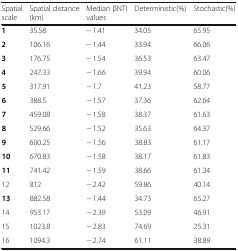
| Spatial scale | Spatial distance (km) | Median βNTI values | Deterministic(%) | Stochastic(%) |
 | --- | --- | --- | --- | --- |
 | 1 | 35.58 | − 1.41 | 34.05 | 65.95 |
 | 2 | 106.16 | − 1.44 | 33.94 | 66.06 |
 | 3 | 176.75 | − 1.54 | 36.53 | 63.47 |
 | 4 | 247.33 | − 1.66 | 39.94 | 60.06 |
 | 5 | 317.91 | − 1.7 | 41.23 | 58.77 |
 | 6 | 388.5 | − 1.57 | 37.36 | 62.64 |
 | 7 | 459.08 | − 1.58 | 38.37 | 61.63 |
 | 8 | 529.66 | − 1.52 | 35.63 | 64.37 |
 | 9 | 600.25 | − 1.56 | 38.83 | 61.17 |
 | 10 | 670.83 | − 1.58 | 38.17 | 61.83 |
 | 11 | 741.42 | − 1.59 | 38.66 | 61.34 |
 | 12 | 812 | − 2.42 | 59.86 | 40.14 |
 | 13 | 882.58 | − 1.44 | 34.73 | 65.27 |
 | 14 | 953.17 | − 2.39 | 53.09 | 46.91 |
 | 15 | 1023.8 | − 2.83 | 74.69 | 25.31 |
 | 16 | 1094.3 | − 2.74 | 61.11 | 38.89 |